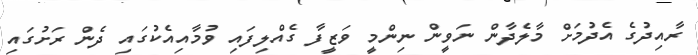
ރާއިދުގެ އެދުމަށް މާލެދާން ނަވީން ނިންމީ ވަޒީފާ ގެއްލިފައި ވުމާއިއެކުގައި ދެން ރަށުގައި